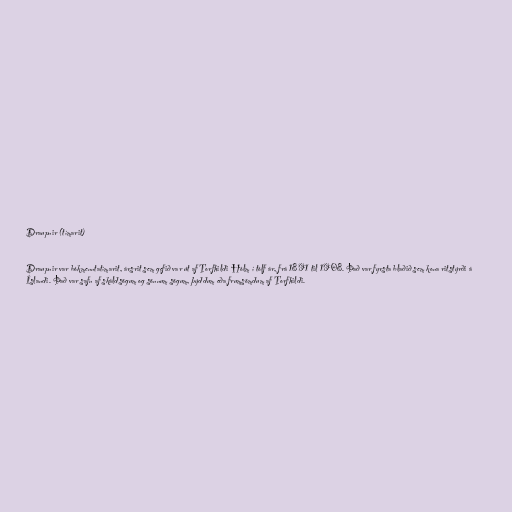
Draupnir (tímarit)

Draupnir var bókmenntatímarit, ársrit sem gefið var út af Torfhildi Hólm í tólf ár, frá 1891 til 1908. Það var fyrsta blaðið sem kona ritstýrði á
Íslandi. Það var safn af skáldsögum og sönnum sögum, þýddum eða frumsömdum af Torfhildi.